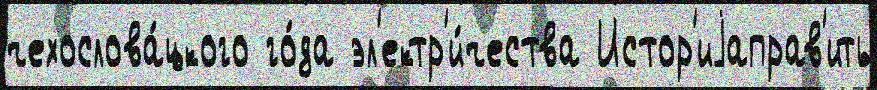
чехослова́цкого го́да эл'ектр'и́чества Истор'иjаправ'ить